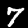
Digit: 7